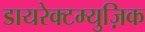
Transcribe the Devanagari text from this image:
डायरेक्टम्युज़िक